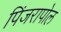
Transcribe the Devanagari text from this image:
पिंजरापोल